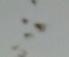
Signature authenticity: genuine